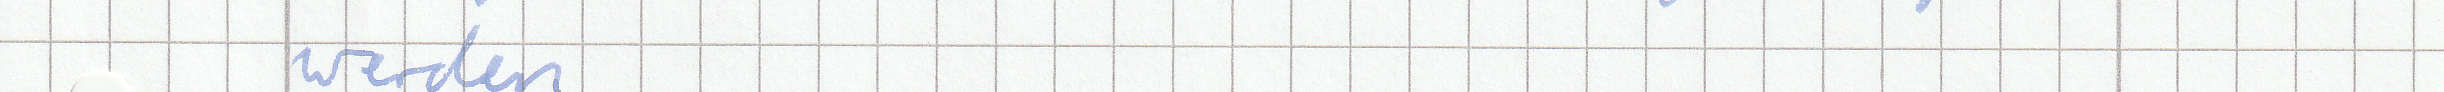
werden